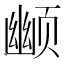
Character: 𬱮